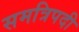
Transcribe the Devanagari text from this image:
समत्रिपदी